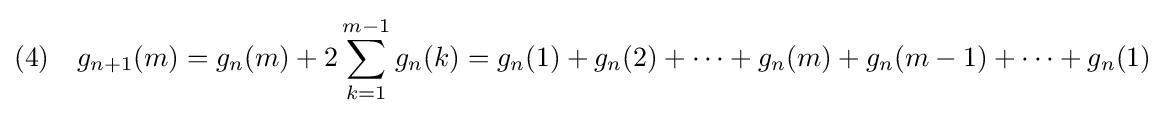
(4)\quad g_{n+1}(m)=g_{n}(m)+2\sum _{k=1}^{m-1}g_{n}(k)=g_{n}(1)+g_{n}(2)+\cdots +g_{n}(m)+g_{n}(m-1)+\cdots +g_{n}(1)